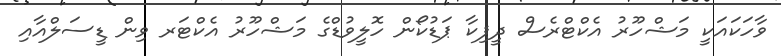
ވާހަކައަކީ މަޝްހޫރު އެކްޓްރެސް ދީޕިކާ ޕަޑުކޯން ހޮލީވުޑްގެ މަޝްހޫރު އެކްޓަރ ވިން ޑީސަލްއާއި